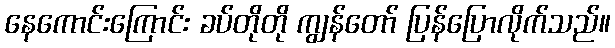
နေကောင်းကြောင်း ခပ်တိုတို ကျွန်တော် ပြန်ပြောလိုက်သည်။